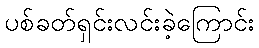
ပစ်ခတ်ရှင်းလင်းခဲ့ကြောင်း